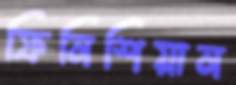
ফিনিশিয়ান